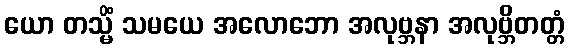
ယော တသ္မိံ သမယေ အလောဘော အလုဗ္ဘနာ အလုဗ္ဘိတတ္တံ